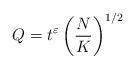
LaTeX: \begin{align*}Q=t^\varepsilon\left(\frac{N}{K}\right)^{1/2}\end{align*}